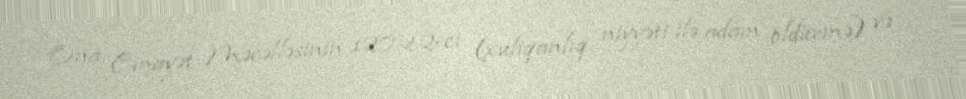
Ona Cinayət Məcəlləsinin 120.2.2-ci (xuliqanlıq niyyəti ilə adam öldürmə) və